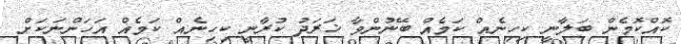
ކޮއްކޮމެން ބަލާނީ ކިހިނެއް ކަމެއް ބޭނުންވާ ޚަރަދު ކުރާނީ ކިހިނެއް ކަމެއް އަހަންނަކަށް